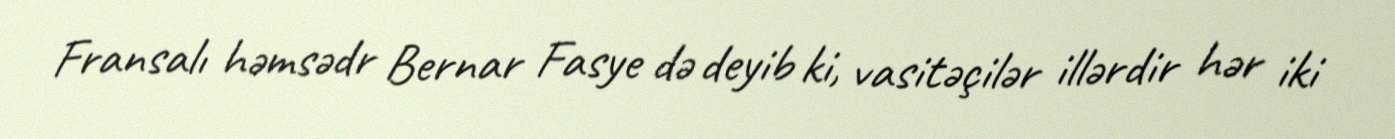
Fransalı həmsədr Bernar Fasye də deyib ki, vasitəçilər illərdir hər iki